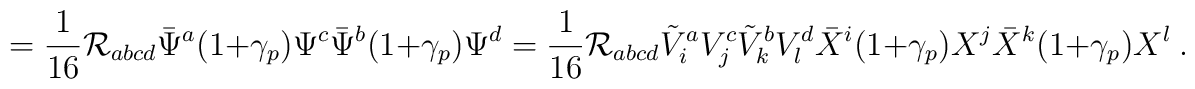
=\frac 1{16} {\cal R}_{abcd} \bar\Psi^a(1+\gamma_p)\Psi^c \bar\Psi^b(1+\gamma_p)\Psi^d= \frac 1{16} {\cal R}_{abcd} \tilde V^a_i V^c_j \tilde V^b_k V^d_l \bar X^i(1+\gamma_p)X^j\bar X^k(1+\gamma_p)X^l~.